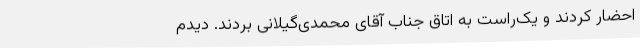
احضار کردند و یک‌راست به اتاق جناب آقای محمدی‌گیلانی بردند. دیدم